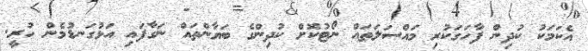
އެކަމަކު ކުދިން ފާހަގަކުރި މައްސަލަތައް ނޯޓުކޮށް ކުދިންގެ ބަޔާންތައް ނަގާފައި އަޅުގަނޑުމެން ހުރީ.